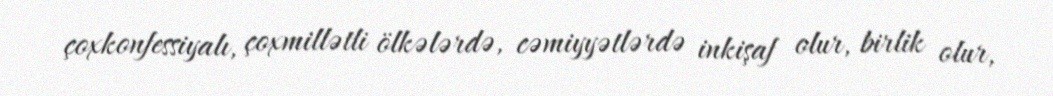
çoxkonfessiyalı, çoxmillətli ölkələrdə, cəmiyyətlərdə inkişaf olur, birlik olur,